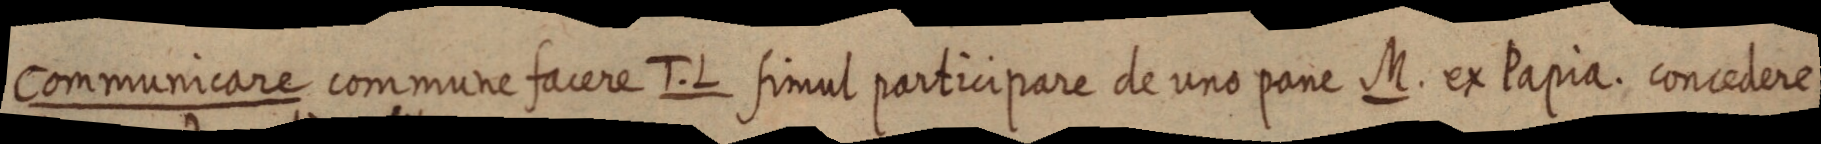
Communicare commune facere T. L. simul participare de uno pane M. ex Papia. concedere atteri